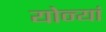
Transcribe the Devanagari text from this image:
योन्यां